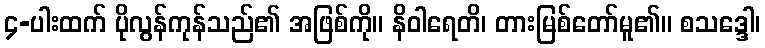
၄-ပါးထက် ပိုလွန်ကုန်သည်၏ အဖြစ်ကို။ နိဝါရေတိ၊ တားမြစ်တော်မူ၏။ စသဒ္ဒေါ၊